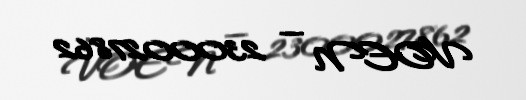
VOEN — 2300027862